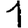
Digit: 1